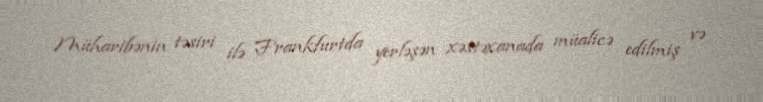
Müharibənin təsiri ilə Frankfurtda yerləşən xəstəxanada müalicə edilmiş və